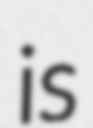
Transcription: is